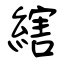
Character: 縖